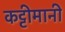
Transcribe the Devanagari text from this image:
कट्टीमानी